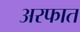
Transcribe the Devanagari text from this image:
अरफात